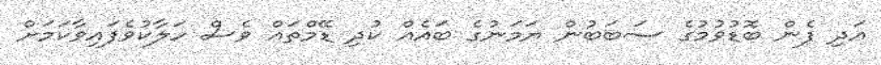
އަދި ފެން ބޮޑުވުމުގެ ސަބަބުން ޔަމަނުގެ ބައެއް ކުދި ޑޭމްތައް ވެސް ހަލާކުވެފައިވާކަމަށް